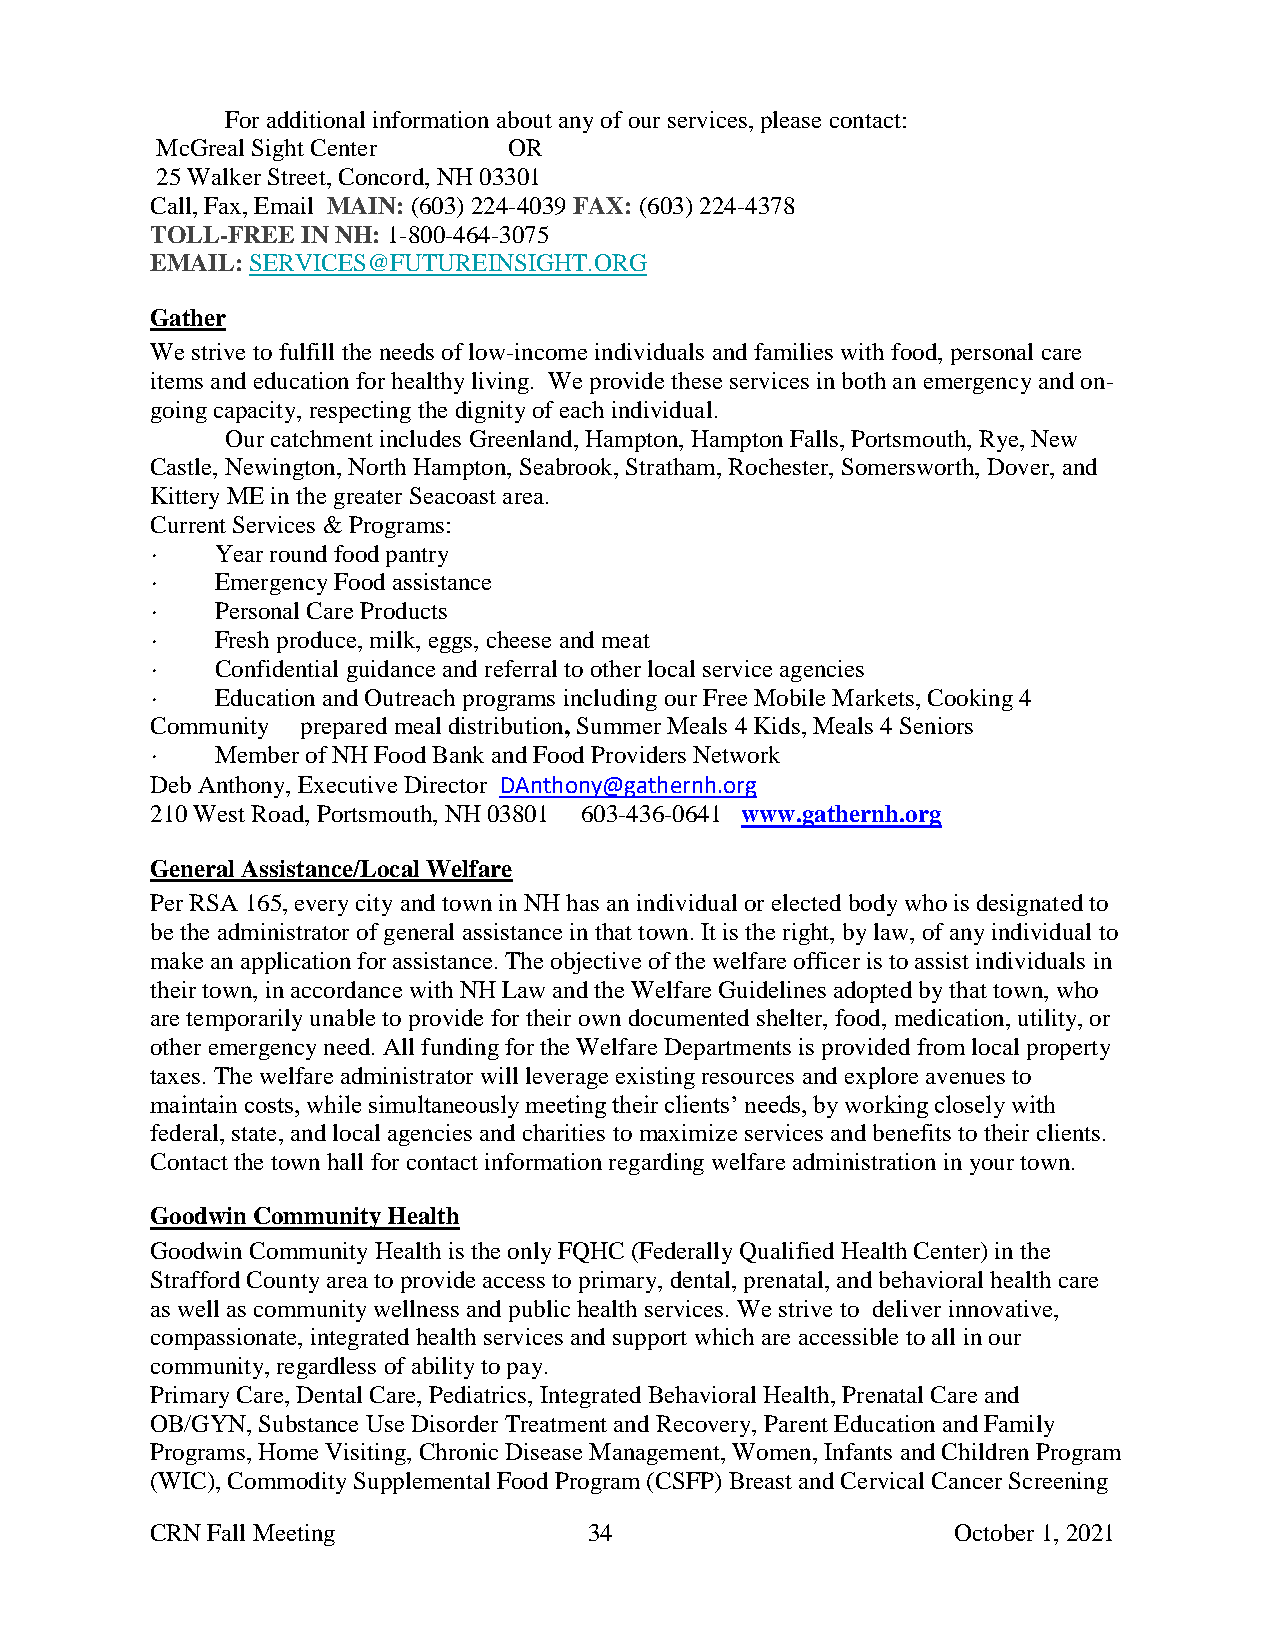
For additional information about any of our services, please contact:
 McGreal Sight Center    OR
 25 Walker Street, Concord, NH 03301
 Call, Fax, Email MAIN: (603) 224-4039 FAX: (603) 224-4378
 TOLL-FREE IN NH: 1-800-464-3075
 EMAIL: SERVICES@FUTUREINSIGHT.ORG
 Gather
 We strive to fulfill the needs of low-income individuals and families with food, personal care
 items and education for healthy living. We provide these services in both an emergency and on-
 going capacity, respecting the dignity of each individual.
 Our catchment includes Greenland, Hampton, Hampton Falls, Portsmouth, Rye, New
 Castle, Newington, North Hampton, Seabrook, Stratham, Rochester, Somersworth, Dover, and
 Kittery ME in the greater Seacoast area.
 Current Services & Programs:
 ·   Year round food pantry
 ·   Emergency Food assistance
 ·   Personal Care Products
 ·   Fresh produce, milk, eggs, cheese and meat
 ·   Confidential guidance and referral to other local service agencies
 ·   Education and Outreach programs including our Free Mobile Markets, Cooking 4
 Community prepared meal distribution, Summer Meals 4 Kids, Meals 4 Seniors
 ·   Member of NH Food Bank and Food Providers Network
 Deb Anthony, Executive Director DAnthony@gathernh.org
 210 West Road, Portsmouth, NH 03801 603-436-0641 www.gathernh.org
 General Assistance/Local Welfare
 Per RSA 165, every city and town in NH has an individual or elected body who is designated to
 be the administrator of general assistance in that town. It is the right, by law, of any individual to
 make an application for assistance. The objective of the welfare officer is to assist individuals in
 their town, in accordance with NH Law and the Welfare Guidelines adopted by that town, who
 are temporarily unable to provide for their own documented shelter, food, medication, utility, or
 other emergency need. All funding for the Welfare Departments is provided from local property
 taxes. The welfare administrator will leverage existing resources and explore avenues to
 maintain costs, while simultaneously meeting their clients’ needs, by working closely with
 federal, state, and local agencies and charities to maximize services and benefits to their clients.
 Contact the town hall for contact information regarding welfare administration in your town.
 Goodwin Community Health
 Goodwin Community Health is the only FQHC (Federally Qualified Health Center) in the
 Strafford County area to provide access to primary, dental, prenatal, and behavioral health care
 as well as community wellness and public health services. We strive to deliver innovative,
 compassionate, integrated health services and support which are accessible to all in our
 community, regardless of ability to pay.
 Primary Care, Dental Care, Pediatrics, Integrated Behavioral Health, Prenatal Care and
 OB/GYN, Substance Use Disorder Treatment and Recovery, Parent Education and Family
 Programs, Home Visiting, Chronic Disease Management, Women, Infants and Children Program
 (WIC), Commodity Supplemental Food Program (CSFP) Breast and Cervical Cancer Screening
 CRN Fall Meeting             34                      October 1, 2021